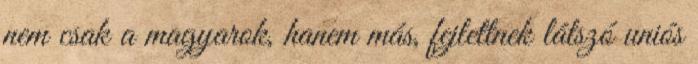
nem csak a magyarok, hanem más, fejlettnek látszó uniós